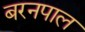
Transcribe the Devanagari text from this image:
बरनपाल